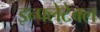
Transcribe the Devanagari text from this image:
इन्फ्लेटेबल